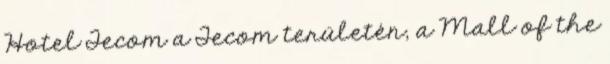
Hotel Tecom a Tecom területén, a Mall of the